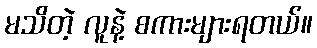
မသိတဲ့ လူနဲ့ စကားများရတယ်။